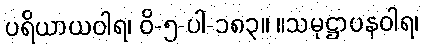
ပရိယာယဝါရ၊ ဝိ-၅-ပါ-၁၈၃။ ။သမုဋ္ဌာပနဝါရ၊